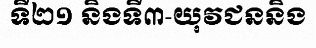
ទី២១ និងទី៣-យុវជននិង